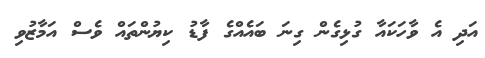
އަދި އެ ވާހަކައާ ގުޅިގެން ގިނަ ބައެއްގެ ފާޑު ކިޔުންތައް ވެސް އަމާޒުވި